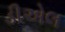
ડીએલ